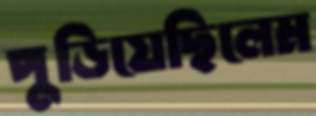
পুড়িয়েছিলেম